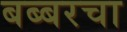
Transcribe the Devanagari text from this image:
बब्बरचा